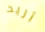
أريد